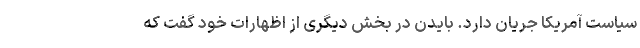
سیاست آمریکا جریان دارد. بایدن در بخش دیگری از اظهارات خود گفت که